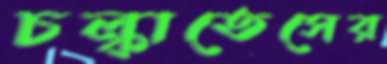
চল্‌কাতেসের